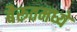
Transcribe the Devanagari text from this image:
बैरूतमध्ये